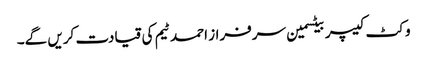
وکٹ کیپر بیٹسمین سرفراز احمد ٹیم کی قیادت کریں گے۔